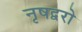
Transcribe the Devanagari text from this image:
नृषद्वरो